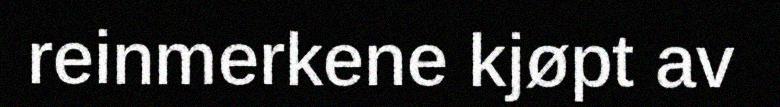
reinmerkene kjøpt av